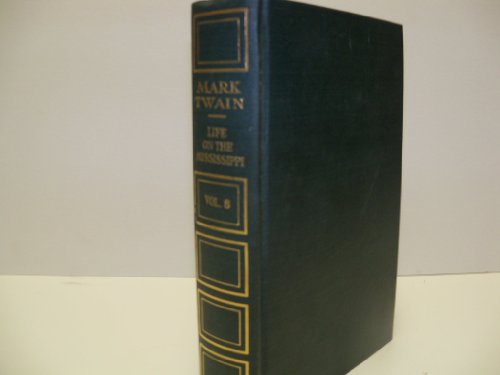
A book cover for Life on the Mississippi, (The Writings of Mark Twain); Mark Twain; Travel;